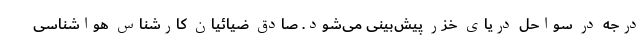
درجه در سواحل دریای خزر پیش‌بینی می‌شود. صادق ضیائیان کارشناس هواشناسی